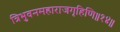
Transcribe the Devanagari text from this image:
त्रिभुवनमहाराजगृहिणि॥१४॥